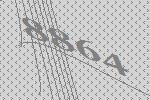
8864